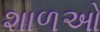
શાળઓ